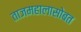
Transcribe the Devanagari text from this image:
ताजमहालासोबत